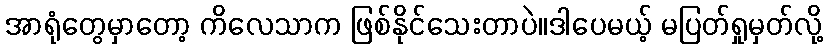
အာရုံတွေမှာတော့ ကိလေသာက ဖြစ်နိုင်သေးတာပဲ။ဒါပေမယ့် မပြတ်ရှုမှတ်လို့